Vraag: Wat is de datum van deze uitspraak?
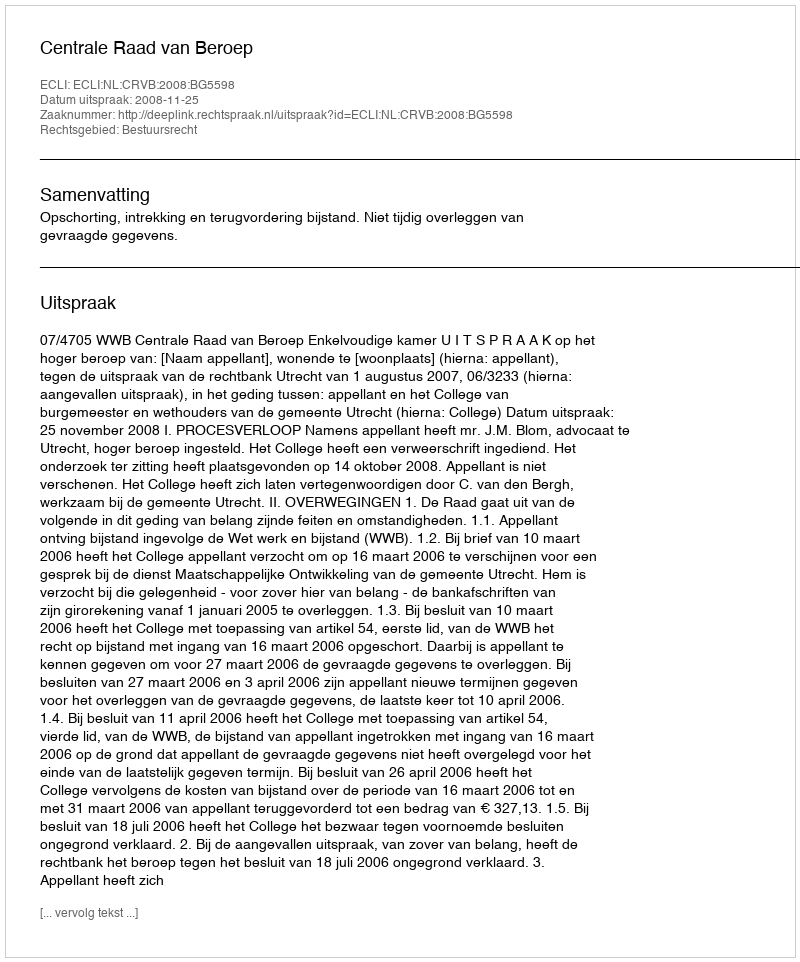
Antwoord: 2008-11-25